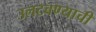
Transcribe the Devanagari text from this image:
उलटवण्याची